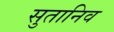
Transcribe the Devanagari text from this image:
सुतानिव